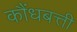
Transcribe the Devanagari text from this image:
कौंधबत्ती